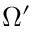
\Omega ^ { \prime }